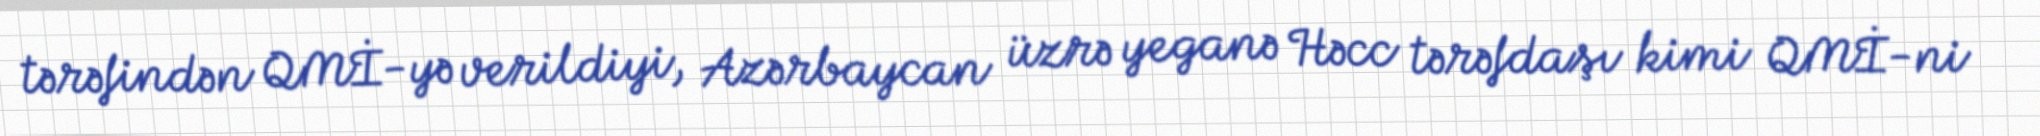
tərəfindən QMİ-yə verildiyi, Azərbaycan üzrə yeganə Həcc tərəfdaşı kimi QMİ-ni